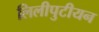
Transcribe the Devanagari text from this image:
लिलीपुटीयन